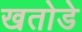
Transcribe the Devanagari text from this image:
खतोडे